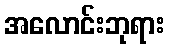
အလောင်းဘုရား